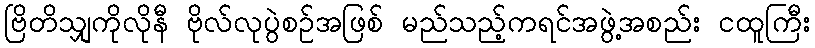
ဗြိတိသျှကိုလိုနီ ဗိုလ်လုပွဲစဉ်အဖြစ် မည်သည့်ကရင်အဖွဲ့အစည်း ငထူကြီး